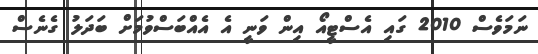
ނަމަވެސް 2010 ގައި އެސްޓީއޯ އިން ވަނީ އެ އެއްބަސްވުމަށް ބަދަލު ގެނެސް